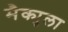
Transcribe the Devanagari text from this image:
मैक्युला